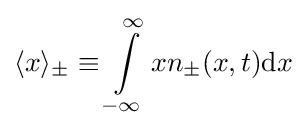
\langle x\rangle _{\pm }\equiv \int \limits _{-\infty }^{\infty }xn_{\pm }(x,t)\mathrm {d} x